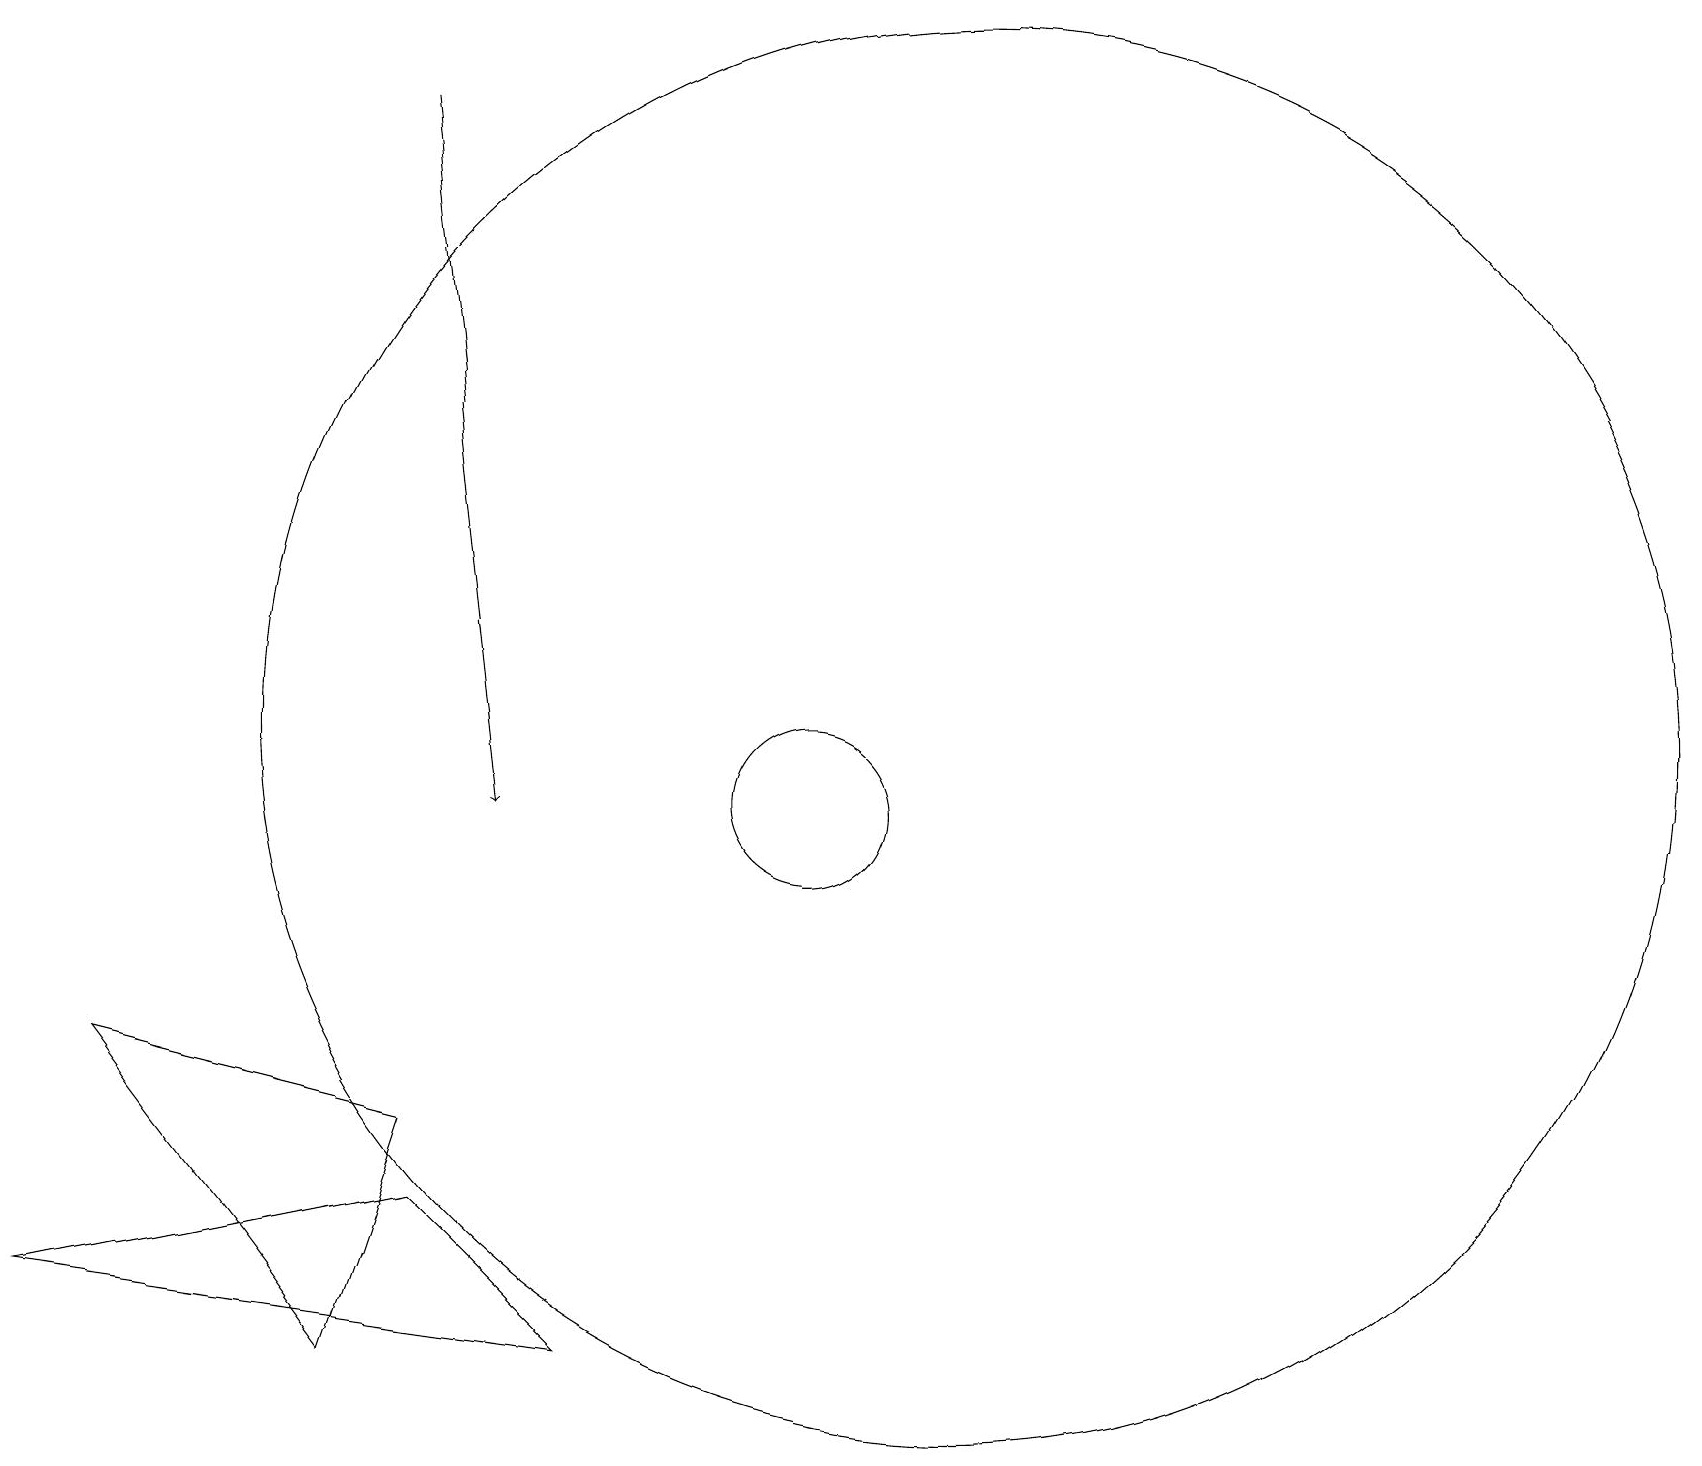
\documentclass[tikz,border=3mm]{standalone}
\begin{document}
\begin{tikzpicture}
\draw[->] (5,19) -- (6,10);
\draw (11,12) circle (0);
\draw (12,11) circle (9);
\draw (0,4) -- (5,5) -- (7,3) -- cycle;
\draw (10,10) circle (1);
\draw (4,3) -- (5,6) -- (1,7) -- cycle;
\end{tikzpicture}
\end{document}